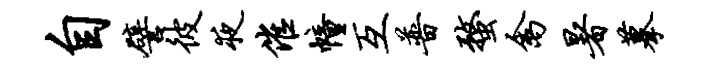
自譬彼夜催幢互普蝥禽暑摹